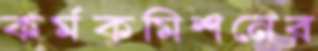
কর্মকমিশনের